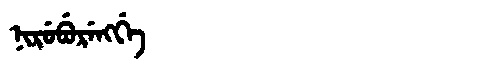
Manchu: ᠨᡳᡵᡠᠪᡠᡵᡝᠩᡤᡝ
Romanization: NIRUBURENGGE